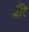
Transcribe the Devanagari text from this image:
बौरे